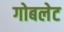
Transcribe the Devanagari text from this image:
गोबलेट